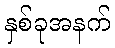
နှစ်ခုအနက်